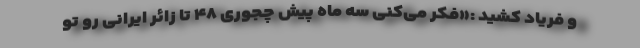
و فریاد کشید :«فکر می‌کنی سه ماه پیش چجوری ۴۸ تا زائر ایرانی رو تو